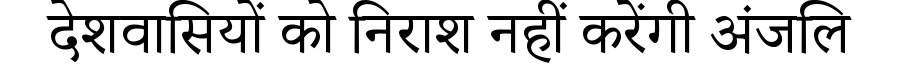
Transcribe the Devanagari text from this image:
देशवासियों को निराश नहीं करेंगी अंजलि